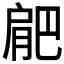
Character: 𭨼